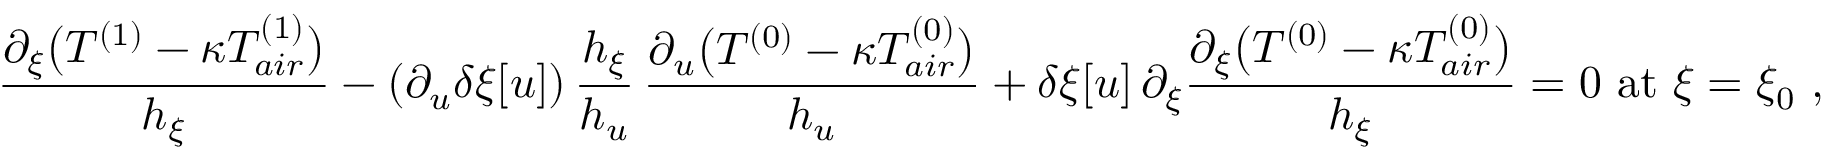
{ { \frac { \partial _ { \xi } \big ( T ^ { ( 1 ) } - \kappa T _ { a i r } ^ { ( 1 ) } \big ) } { h _ { \xi } } } } - ( \partial _ { u } \delta \xi [ u ] ) \, \frac { h _ { \xi } } { h _ { u } } \, \frac { \partial _ { u } \big ( T ^ { ( 0 ) } - \kappa T _ { a i r } ^ { ( 0 ) } \big ) } { h _ { u } } + \delta \xi [ u ] \, { \partial _ { \xi } { \frac { \partial _ { \xi } \big ( T ^ { ( 0 ) } - \kappa T _ { a i r } ^ { ( 0 ) } \big ) } { h _ { \xi } } } } = 0 \mathrm { ~ a t ~ } \xi = \xi _ { 0 } \ , \